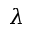
\lambda